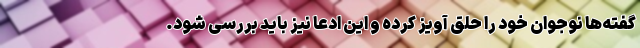
گفته‌ها نوجوان خود را حلق آویز کرده و این ادعا نیز باید بررسی شود.